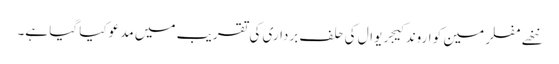
ننھے مفلر مین کو اروند کیجریوال کی حلف برداری کی تقریب میں مدعو کیا گیا ہے۔